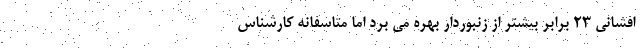
افشانی ۲۳ برابر بیشتر از زنبوردار بهره می برد اما متاسفانه کارشناس